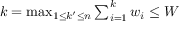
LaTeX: k = \textstyle \operatorname* { m a x } _ { 1 \leq k ^ { \prime } \leq n } \textstyle \sum _ { i = 1 } ^ { k } w _ { i } \leq W